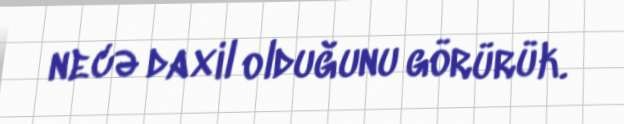
necə daxil olduğunu görürük.